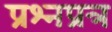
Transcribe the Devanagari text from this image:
प्रश्नप्रत्र